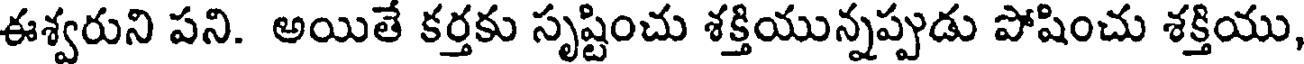
ఈశ్వరుని పని. అయితే కర్తకు సృష్టించు శక్తియున్నప్పుడు పోషించు శక్తియు,